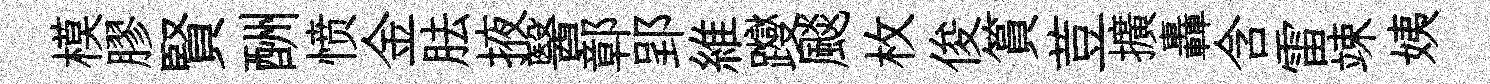
模膠賢酬愤金胠掖醫鄣郢維躞颷枚俊篔荳擴轟含雷竦姨